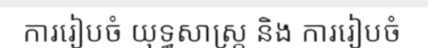
ការរៀបចំ យុទ្ធសាស្ត្រ និង ការរៀបចំ